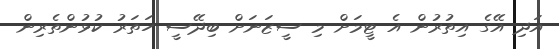
އަދި އޭގެ އިތުރުން އެ ޓީމަށް މި ސީޒަނަށް ބިދޭސީ ހަތަރު ކުޅުންތެރިން